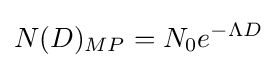
N(D)_{MP}=N_{0}e^{-\Lambda D}